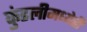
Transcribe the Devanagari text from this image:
कुंडलीमध्येही